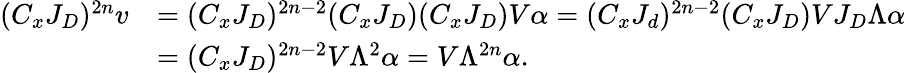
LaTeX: \begin{array}{rl}{(C_{x}J_{D})^{2n}v}&{=(C_{x}J_{D})^{2n-2}(C_{x}J_{D})(C_{x}J_{D})V\alpha=(C_{x}J_{d})^{2n-2}(C_{x}J_{D})VJ_{D}\Lambda\alpha}\\ &{=(C_{x}J_{D})^{2n-2}V\Lambda^{2}\alpha=V\Lambda^{2n}\alpha.}\end{array}